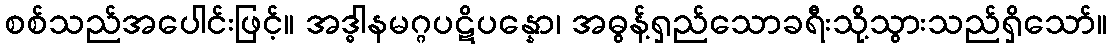
စစ်သည်အပေါင်းဖြင့်။ အဒ္ဓါနမဂ္ဂပဋိပန္နော၊ အဓွန့်ရှည်သောခရီးသို့သွားသည်ရှိသော်။